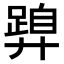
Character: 𭚝